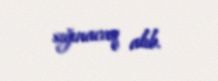
sığınacaq alıb.